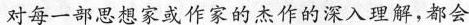
对每一部思想家或作家的杰作的深入理解，都会